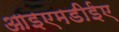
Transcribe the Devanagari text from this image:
आइएमडीईए